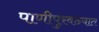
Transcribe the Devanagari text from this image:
पाणीपुरवठयात